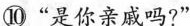
⑩“是你亲戚吗?”